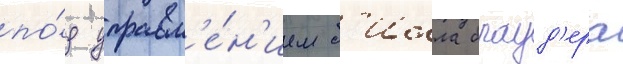
по́д управл'е́н'ием б'илла брауд'ера